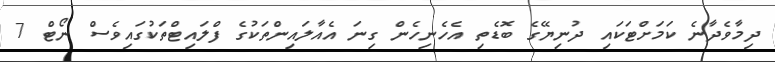
ދިމާވެދާނެ ކަމަށްޓަކައި ދުނިޔޭގެ ބޮޑެތި އެހެނިހެން ގިނަ އެއާލައިންތަކުގެ ފްލައިޓްތަކުގައިވެސް ނޯޓް 7